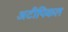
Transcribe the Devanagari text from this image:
अटीपिकल